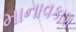
માનાવકાશ